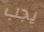
يجب